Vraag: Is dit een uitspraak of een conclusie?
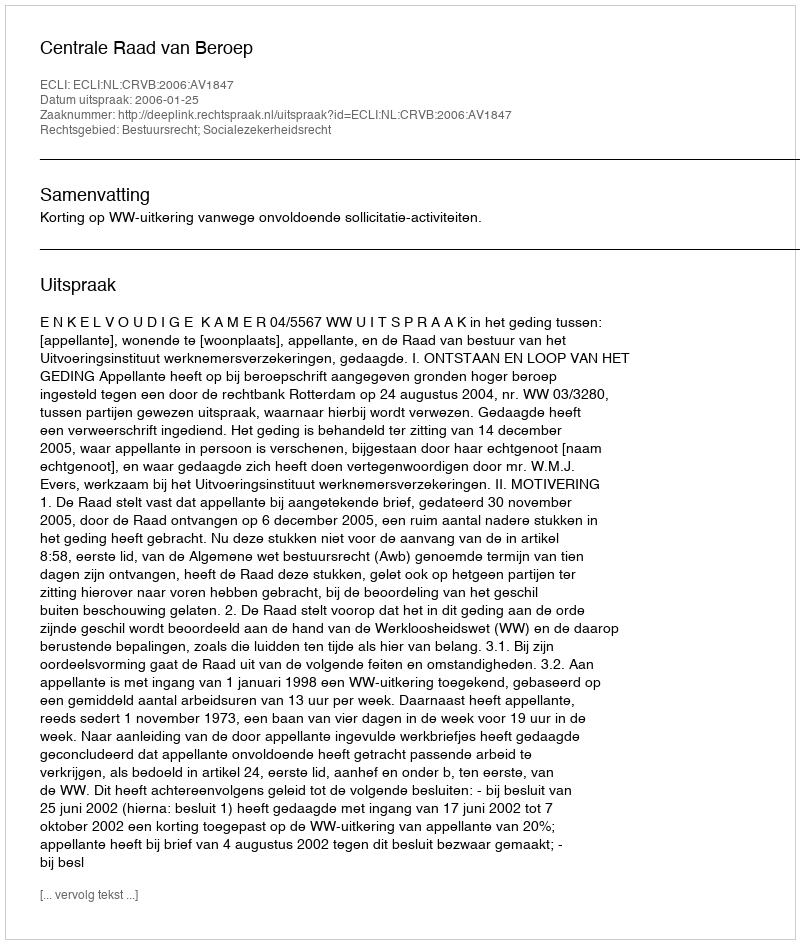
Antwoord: Uitspraak